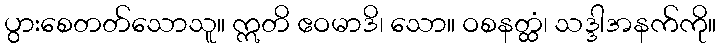
ပွားစေတတ်သောသူ။ ဣတိ ဧဝမာဒိ၊ သော။ ဝစနတ္ထံ၊ သဒ္ဒါအနက်ကို။